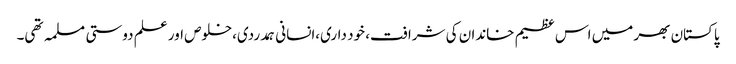
پاکستان بھر میں اس عظیم خاندان کی شرافت، خود داری،انسانی ہمدردی،خلوص اور علم دوستی مسلمہ تھی۔